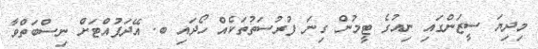
މިދިޔަ ސީޒަންގައި ނިއުގެ ޓީމުން ގިނަ ފުރުސަތުތަކެއް ހޯދައި ބ. އޭދަފުއްޓަށް ނިސްބަތްވާ